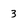
Character: 3